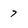
Character: 7